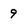
Character: 9